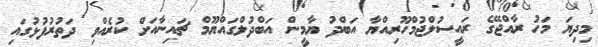
މިދިޔަ މަހު ރާއްޖޭގެ ރައީސުލްޖުމްހޫރިއްޔާ އަބްދު ޔާމީން އަބްދުލްގައްޔޫމް ޗައިނާއަށް ކުރެއްވި ދަތުރުފުޅުގައި